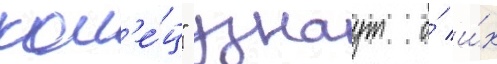
кол'е́ц" узнаут о́ и́х